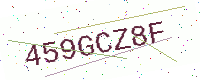
Text: 459GCZ8F